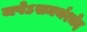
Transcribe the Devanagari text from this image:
जपेऽसमर्थश्चेद